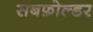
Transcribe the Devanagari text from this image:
सबफ़ोल्डर